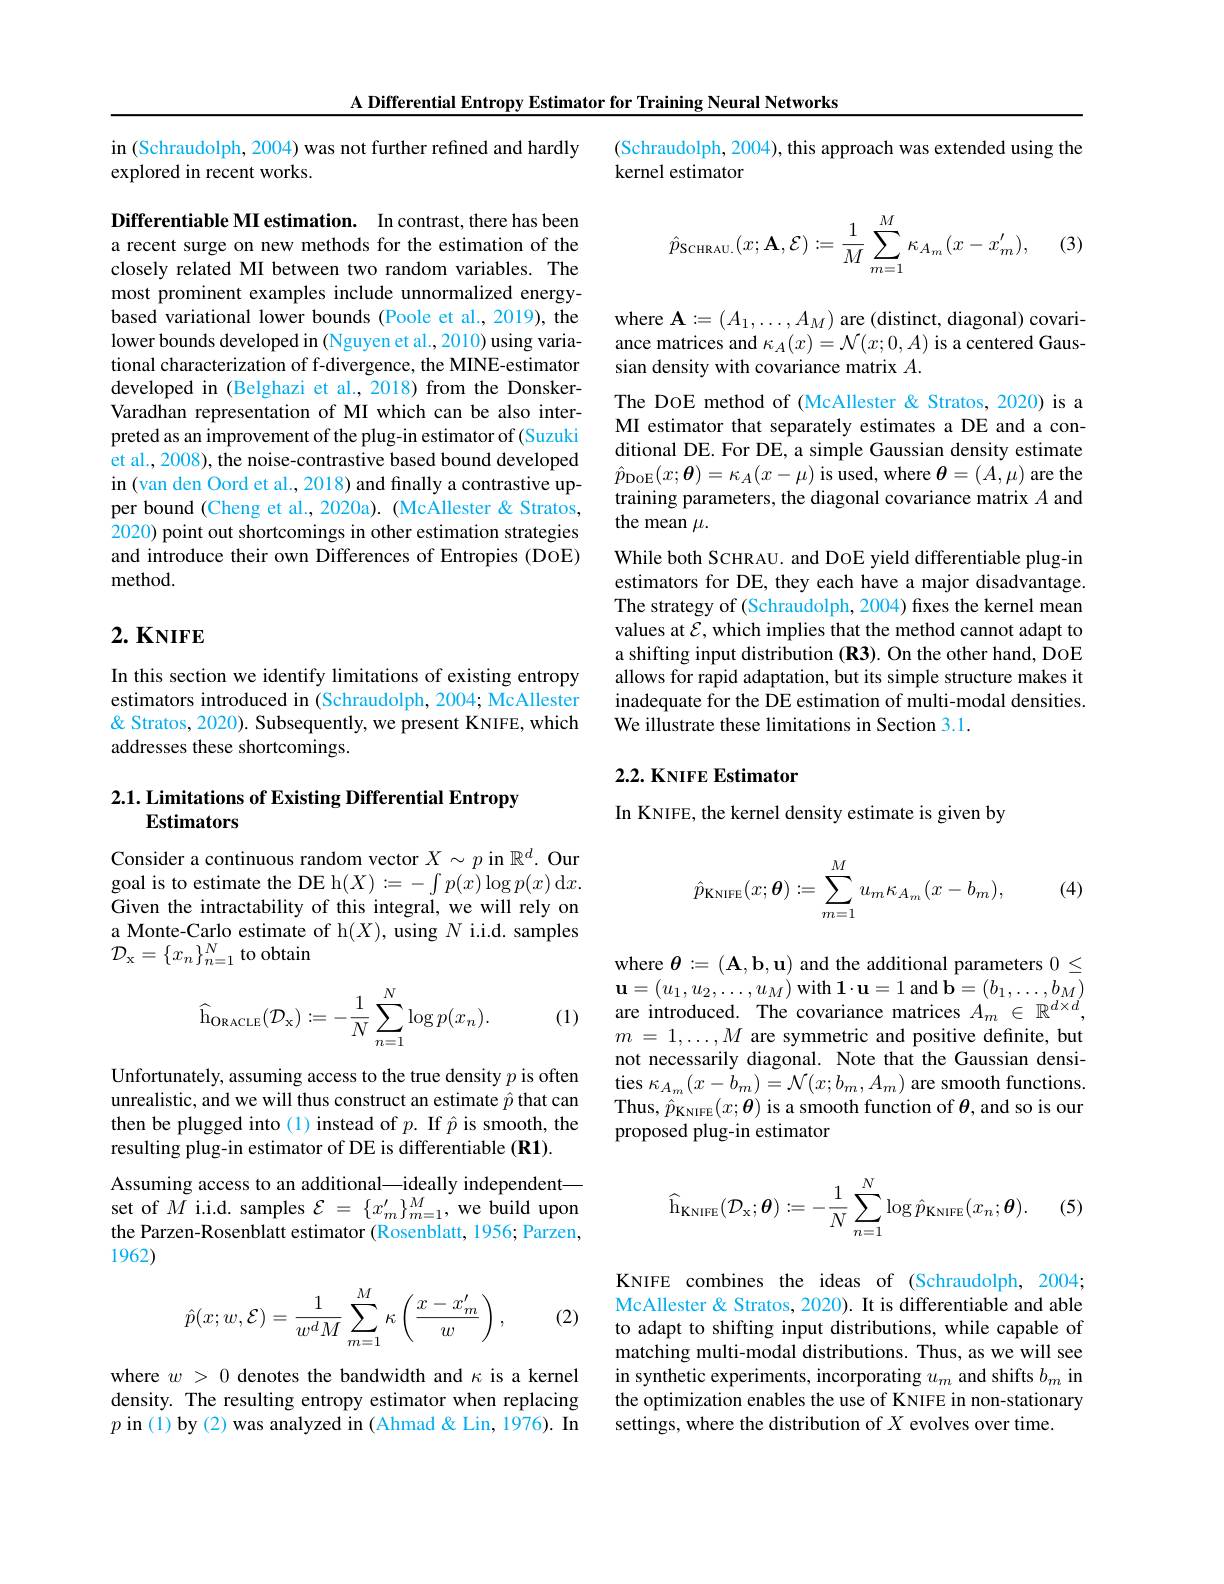
A Differential Entropy Estimator for Training Neural Networks

in (Schraudolph, 2004) was not further refined and hardly
explored in recent works.

Differentiable MI estimation. In contrast, there has been a recent surge on new methods for the estimation of the closely related MI between two random variables. The most prominent examples include unnormalized energybased variational lower bounds (Poole et al., 2019), the lower bounds developed in (Nguyen et al., 2010) using variational characterization of f-divergence, the MINE-estimator developed in (Belghazi et al.,2018) from the DonskerVaradhan representation of MI which can be also interpreted as an improvement of the plug-in estimator of (Suzuki et al., 2008), the noise-contrastive based bound developed in (van den Oord et al., 2018) and finally a contrastive upper bound (Cheng et al.,2020a). (McAllester & Stratos, 2020) point out shortcomings in other estimation strategies and introduce their own Differences of Entropies (DOE) method.

# $2. \textbf{ KNIFE}$

In this section we identify limitations of existing entropy estimators introduced in (Schraudolph, 2004; McAllester & Stratos, 2020). Subsequently, we present KNIFE, which addresses these shortcomings.

## $2. 1. \textbf{ Limitations of Existing Differential Entropy}$ Estimators

Consider a continuous random vector $X\sim p$ in $\mathbb{R}^d.$ Our goal is to estimate the DE h$(X):=-\int p(x)\log p(x)$d$x.$ Given the intractability of this integral, we will rely on a Monte-Carlo estimate of h$(X)$, using $N$ i.i.d. samples $\mathcal{D}_{\mathrm{x}}=\{x_n\}_{n=1}^N$ to obtain
$$\widehat{\mathrm{h}}_{\mathrm{ORACLE}}(\mathcal{D}_{\mathrm{x}}):=-\frac{1}{N}\sum_{n=1}^{N}\log p(x_{n}).$$
(1)

Unfortunately, assuming access to the true density $p$ is often unrealistic, and we will thus construct an estimate $\hat{p}$ that can then be plugged into (1) instead of $p.$ If $\hat{p}$ is smooth, the resulting plug-in estimator of DE is differentiable (R1).
Assuming access to an additional—ideally independent— set of $M$ i.i.d. samples $\mathcal{E}=\{x_m^{\prime}\}_{m=1}^M$, we build upon the Parzen-Rosenblatt estimator (Rosenblatt, 1956; Parzen, 1962)
$$\hat{p}(x;w,\mathcal{E})=\frac{1}{w^dM}\sum_{m=1}^{M}\kappa\left(\frac{x-x_m'}{w}\right),$$
(2)

where $w>0$ denotes the bandwidth and $\kappa$ is a kernel density. The resulting entropy estimator when replacing $p$ in (1) by (2) was analyzed in (Ahmad & Lin, 1976). In

(Schraudolph, 2004), this approach was extended using the
kernel estimator

(3)
$$\hat{p}_{\text{SCHRAU.}}(x;\mathbf{A},\mathcal{E}):=\frac{1}{M}\sum_{m=1}^{M}\kappa_{A_{m}}(x-x_{m}'),$$
where $\mathbf{A}:=(A_{1},\ldots,A_{M})$ are (distinct, diagonal) covariance matrices and $\kappa_A(x)=\mathcal{N}(x;0,A)$ is a centered Gaussian density with covariance matrix $A.$
The DOE method of (McAllester & Stratos, 2020) is a MI estimator that separately estimates a DE and a conditional DE. For DE, a simple Gaussian density estimate $\hat{p}_{\mathrm{DOE}}(x;\boldsymbol{\theta})=\kappa_{A}(x-\mu)$ is used, where $\boldsymbol\theta=(A,\mu)$ are the training parameters, the diagonal covariance matrix $A$ and the mean $\mu.$
While both SCHRAU. and DOE yield differentiable plug-in estimators for DE, they each have a major disadvantage. The strategy of (Schraudolph, 2004) fixes the kernel mean values at $\mathcal{E}$, which implies that the method cannot adapt to a shifting input distribution (R3). On the other hand, DoE allows for rapid adaptation, but its simple structure makes it inadequate for the DE estimation of multi-modal densities. We illustrate these limitations in Section 3.1.

## 2.2. KNIFE Estimator

In KNIFE, the kernel density estimate is given by

(4)
$$\hat{p}_{\mathrm{KNIFE}}(x;\boldsymbol{\theta}):=\sum_{m=1}^{M}u_{m}\kappa_{A_{m}}(x-b_{m}),$$
where $\boldsymbol{\theta}:=(\mathbf{A},\mathbf{b},\mathbf{u})$ and the additional parameters $0\leq$ $\mathbf{u}=(u_{1},u_{2},\ldots,u_{M})$ with $\mathbf{1}\cdot\mathbf{u}=1$ and $\mathbf{b}=(b_{1},\ldots,b_{M})$ are introduced. The covariance matrices $A_m\in\mathbb{R}^{d\times d}$, $m$ = $1, \ldots , M$ are symmetric and positive definite, but not necessarily diagonal. Note that the Gaussian densi- $\operatorname*{ties}\kappa_{A_{m}}(x-b_{m})=\mathcal{N}(x;b_{m},A_{m})$ are smooth functions. Thus, $\hat{p}_{\mathrm{KNIFE}}(x;\boldsymbol{\theta})$ is a smooth function of $\boldsymbol\theta$, and so is our proposed plug-in estimator
$$\widehat{\mathrm{h}}_{\mathrm{KNIFE}}(\mathcal{D}_{\mathrm{x}};\boldsymbol{\theta}):=-\frac{1}{N}\sum_{n=1}^{N}\log\hat{p}_{\mathrm{KNIFE}}(x_{n};\boldsymbol{\theta}).$$
(5)

KNIFE combines the ideas of (Schraudolph, 2004; McAllester & Stratos, 2020). It is differentiable and able to adapt to shifting input distributions, while capable of matching multi-modal distributions. Thus, as we will see in synthetic experiments, incorporating $u_m$ and shifts $b_m$ in the optimization enables the use of KNIFE in non-stationary settings, where the distribution of $X$ evolves over time.